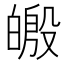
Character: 𪾄